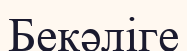
Бекәліге